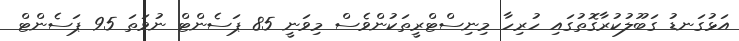
އަޅުގަނޑު ގަބޫލުކުރާގޮތުގައި ހުރިހާ މިނިސްޓްރީތަކުންވެސް މިވަނީ 85 ޕަސެންޓް ނުވަތަ 95 ޕަސެންޓް